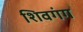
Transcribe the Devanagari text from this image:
शिवगंग